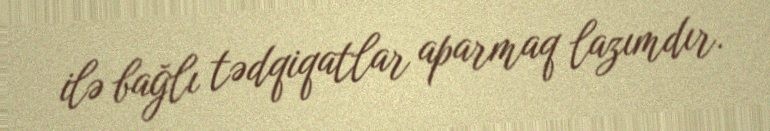
ilə bağlı tədqiqatlar aparmaq lazımdır.